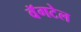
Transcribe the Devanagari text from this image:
वॅगटेल